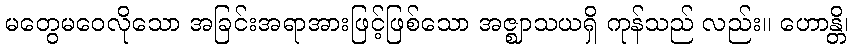
မတွေမဝေလိုသော အခြင်းအရာအားဖြင့်ဖြစ်သော အဇ္ဈာသယရှိ ကုန်သည် လည်း။ ဟောန္တိ၊